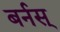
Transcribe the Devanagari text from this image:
बर्नस्